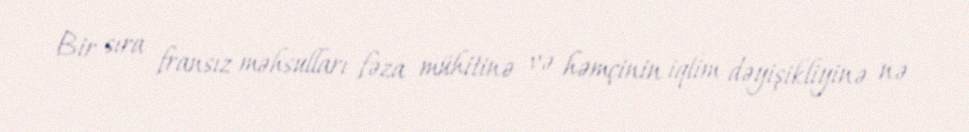
Bir sıra fransız məhsulları fəza mühitinə və həmçinin iqlim dəyişikliyinə nə